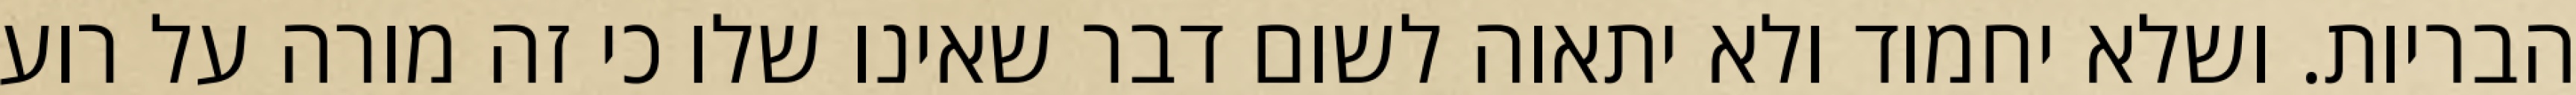
הבריות. ושלא יחמוד ולא יתאוה לשום דבר שאינו שלו כי זה מורה על רוע